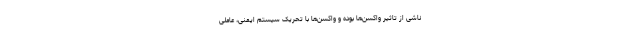
ناشی از تاثیر واکسن‌ها بوده و واکسن‌ها با تحریک سیستم ایمنی، عاملی